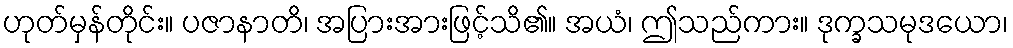
ဟုတ်မှန်တိုင်း။ ပဇာနာတိ၊ အပြားအားဖြင့်သိ၏။ အယံ၊ ဤသည်ကား။ ဒုက္ခသမုဒယော၊